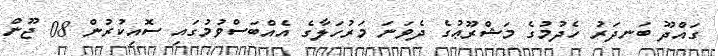
ގައްދޫ ބަނދަރު ހެދުމުގެ މަޝްރޫޢުގެ ދެވަނަ މަރުހަލާގެ އެއްބަސްވުމުގައި ސޮއިކުރުން 08 ޖޫން